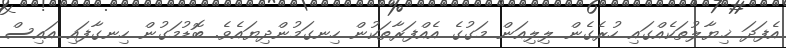
އެފަދަ ޚިޔާލުތަކެއްގައި ހުރެގެން ލިލިއަން މަގުގެ އެއްފަރާތަކުން ހިނގަމުންދިޔައެވެ. ބޮޑުމަގުން ހިނގާފައި އައިސް